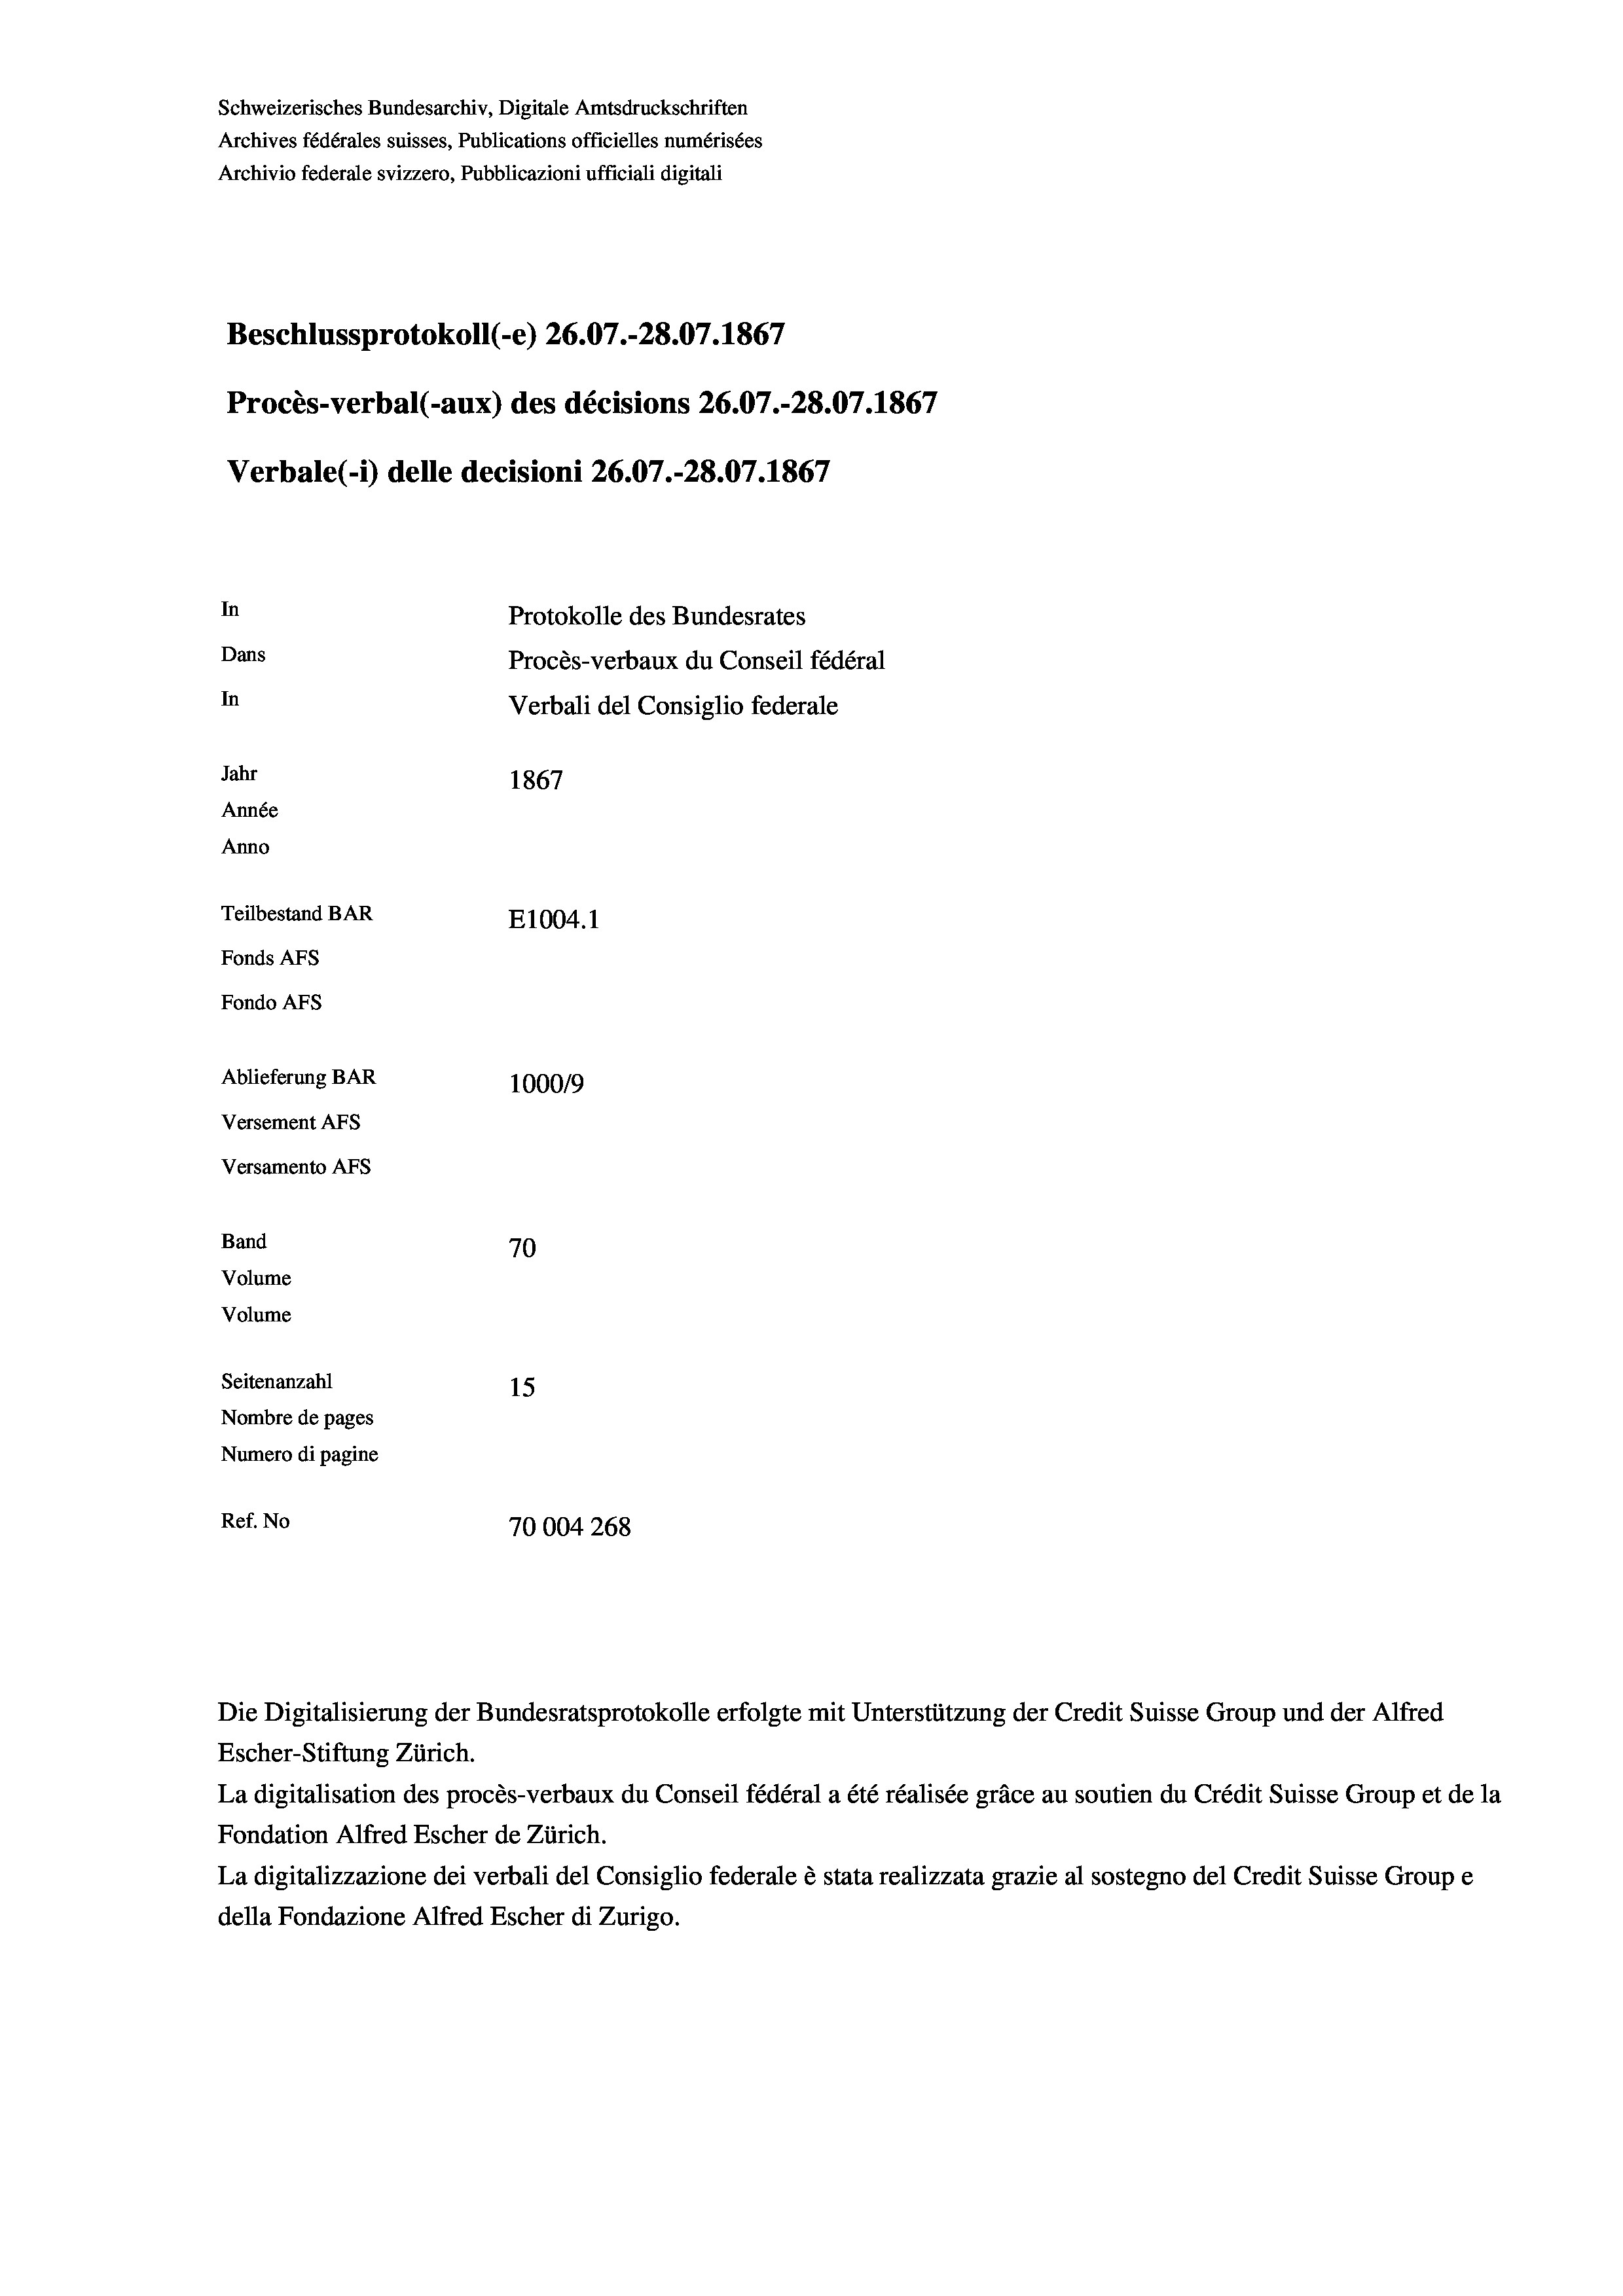
Schweizerisches Bundesarchiv, Digitale Amtsdruckschriften
Archives fédérales suisses, Publications officielles numérisées
Archivio federale svizzero, Pubblicazioni ufficiali digitali
Beschlussprotokoll (-e) 26.07.-28.07. 1867
Procès-verbal (-aux) des décisions 26.07.-28.07. 1867
Verbale (i) delle decisioni 26.07.-28.07. 1867
In
Protokolle des Bundesrates
Dans
Procès-verbaux du Conseil fédéral
In
Verbali del Consiglio federale
Jahr
1867
Année
Anno
Teilbestand BAR
E1004.1
Fonds AFs
Fondo Afs
Ablieferung BAR
100019
Versement Ans
Versamento Afs
Band
70
Volume
Volume
Seitenanzahl
15
Nombre de pages
Numero di pagine
Ref. No
70004 268

Die Digitalisierung der Bundesratsprotokolle erfolgte mit Unterstützung der Credit Suisse Group und der Alfred

Escher-Stiftung Zürich.
La digitalisation des procès-verbaux du Conseil fédéral a été réalisée gräce au soutien du Crédit Suisse Group et de la
Fondation Alfred Escher de Zürich.
La digitalizzazione dei verbali del Consiglio federale è stata realizzata grazie al sostegno del Credit Suisse Groupe
della Fondazione Alfred Escher di Zurigo.